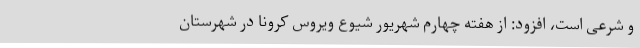
و شرعی است، افزود: از هفته چهارم شهریور شیوع ویروس کرونا در شهرستان